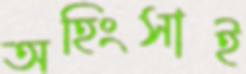
অহিংসাই